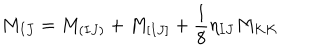
M _ { I J } = M _ { ( I J ) } + M _ { [ I J ] } + { \frac { 1 } { 8 } } \eta _ { I J } M _ { K K }